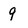
Character: 9